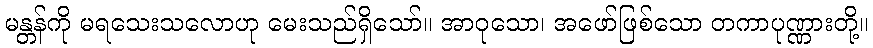
မန္တန်ကို မရသေးသလောဟု မေးသည်ရှိသော်။ အာဝုသော၊ အဖော်ဖြစ်သော တကာပုဏ္ဏားတို့။